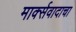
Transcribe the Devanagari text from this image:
मार्क्‍सवादाचा